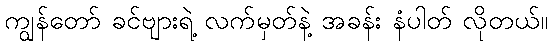
ကျွန်တော် ခင်ဗျားရဲ့ လက်မှတ်နဲ့ အခန်း နံပါတ် လိုတယ်။